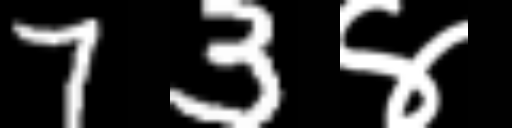
Text: 73४